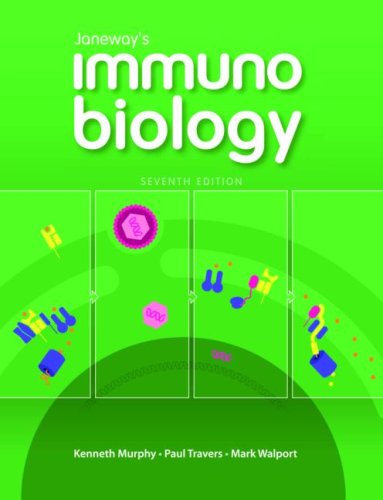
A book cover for Janeway's Immunobiology (Immunobiology: The Immune System (Janeway)); Kenneth M. Murphy; Medical Books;